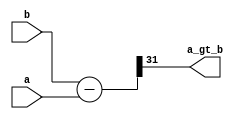
`timescale 1ns / 1ps
module is_greater_than (
    a,
    b,
    a_gt_b
);
    parameter N = 32;
    
    input   [N-1:0] a;
    input   [N-1:0] b;
    output          a_gt_b;
    
    wire    [N-1:0] diff;
    assign diff = b - a;
    assign a_gt_b = diff[N-1];
endmodule